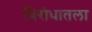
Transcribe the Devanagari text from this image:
विरोधातला